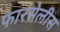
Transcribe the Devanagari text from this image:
फारसेलीस